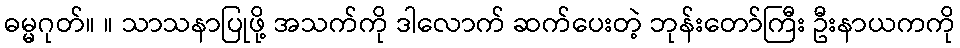
ဓမ္မဂုတ်။ ။ သာသနာပြုဖို့ အသက်ကို ဒါလောက် ဆက်ပေးတဲ့ ဘုန်းတော်ကြီး ဦးနာယကကို